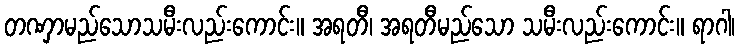
တဏှာမည်သောသမီးလည်းကောင်း။ အရတီ၊ အရတီမည်သော သမီးလည်းကောင်း။ ရာဂါ၊